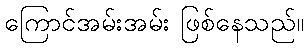
ကြောင်အမ်းအမ်း ဖြစ်နေသည်။